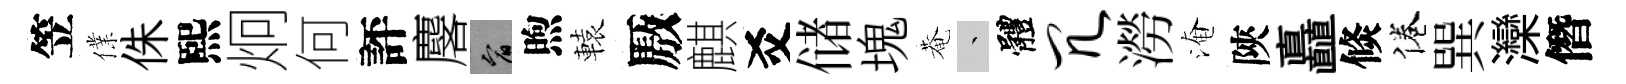
笠㒒侏熙炯何評麐宥煦轅厫麒爻储塊菴叢體冗澇淹陝矗倐倦巽灤僭